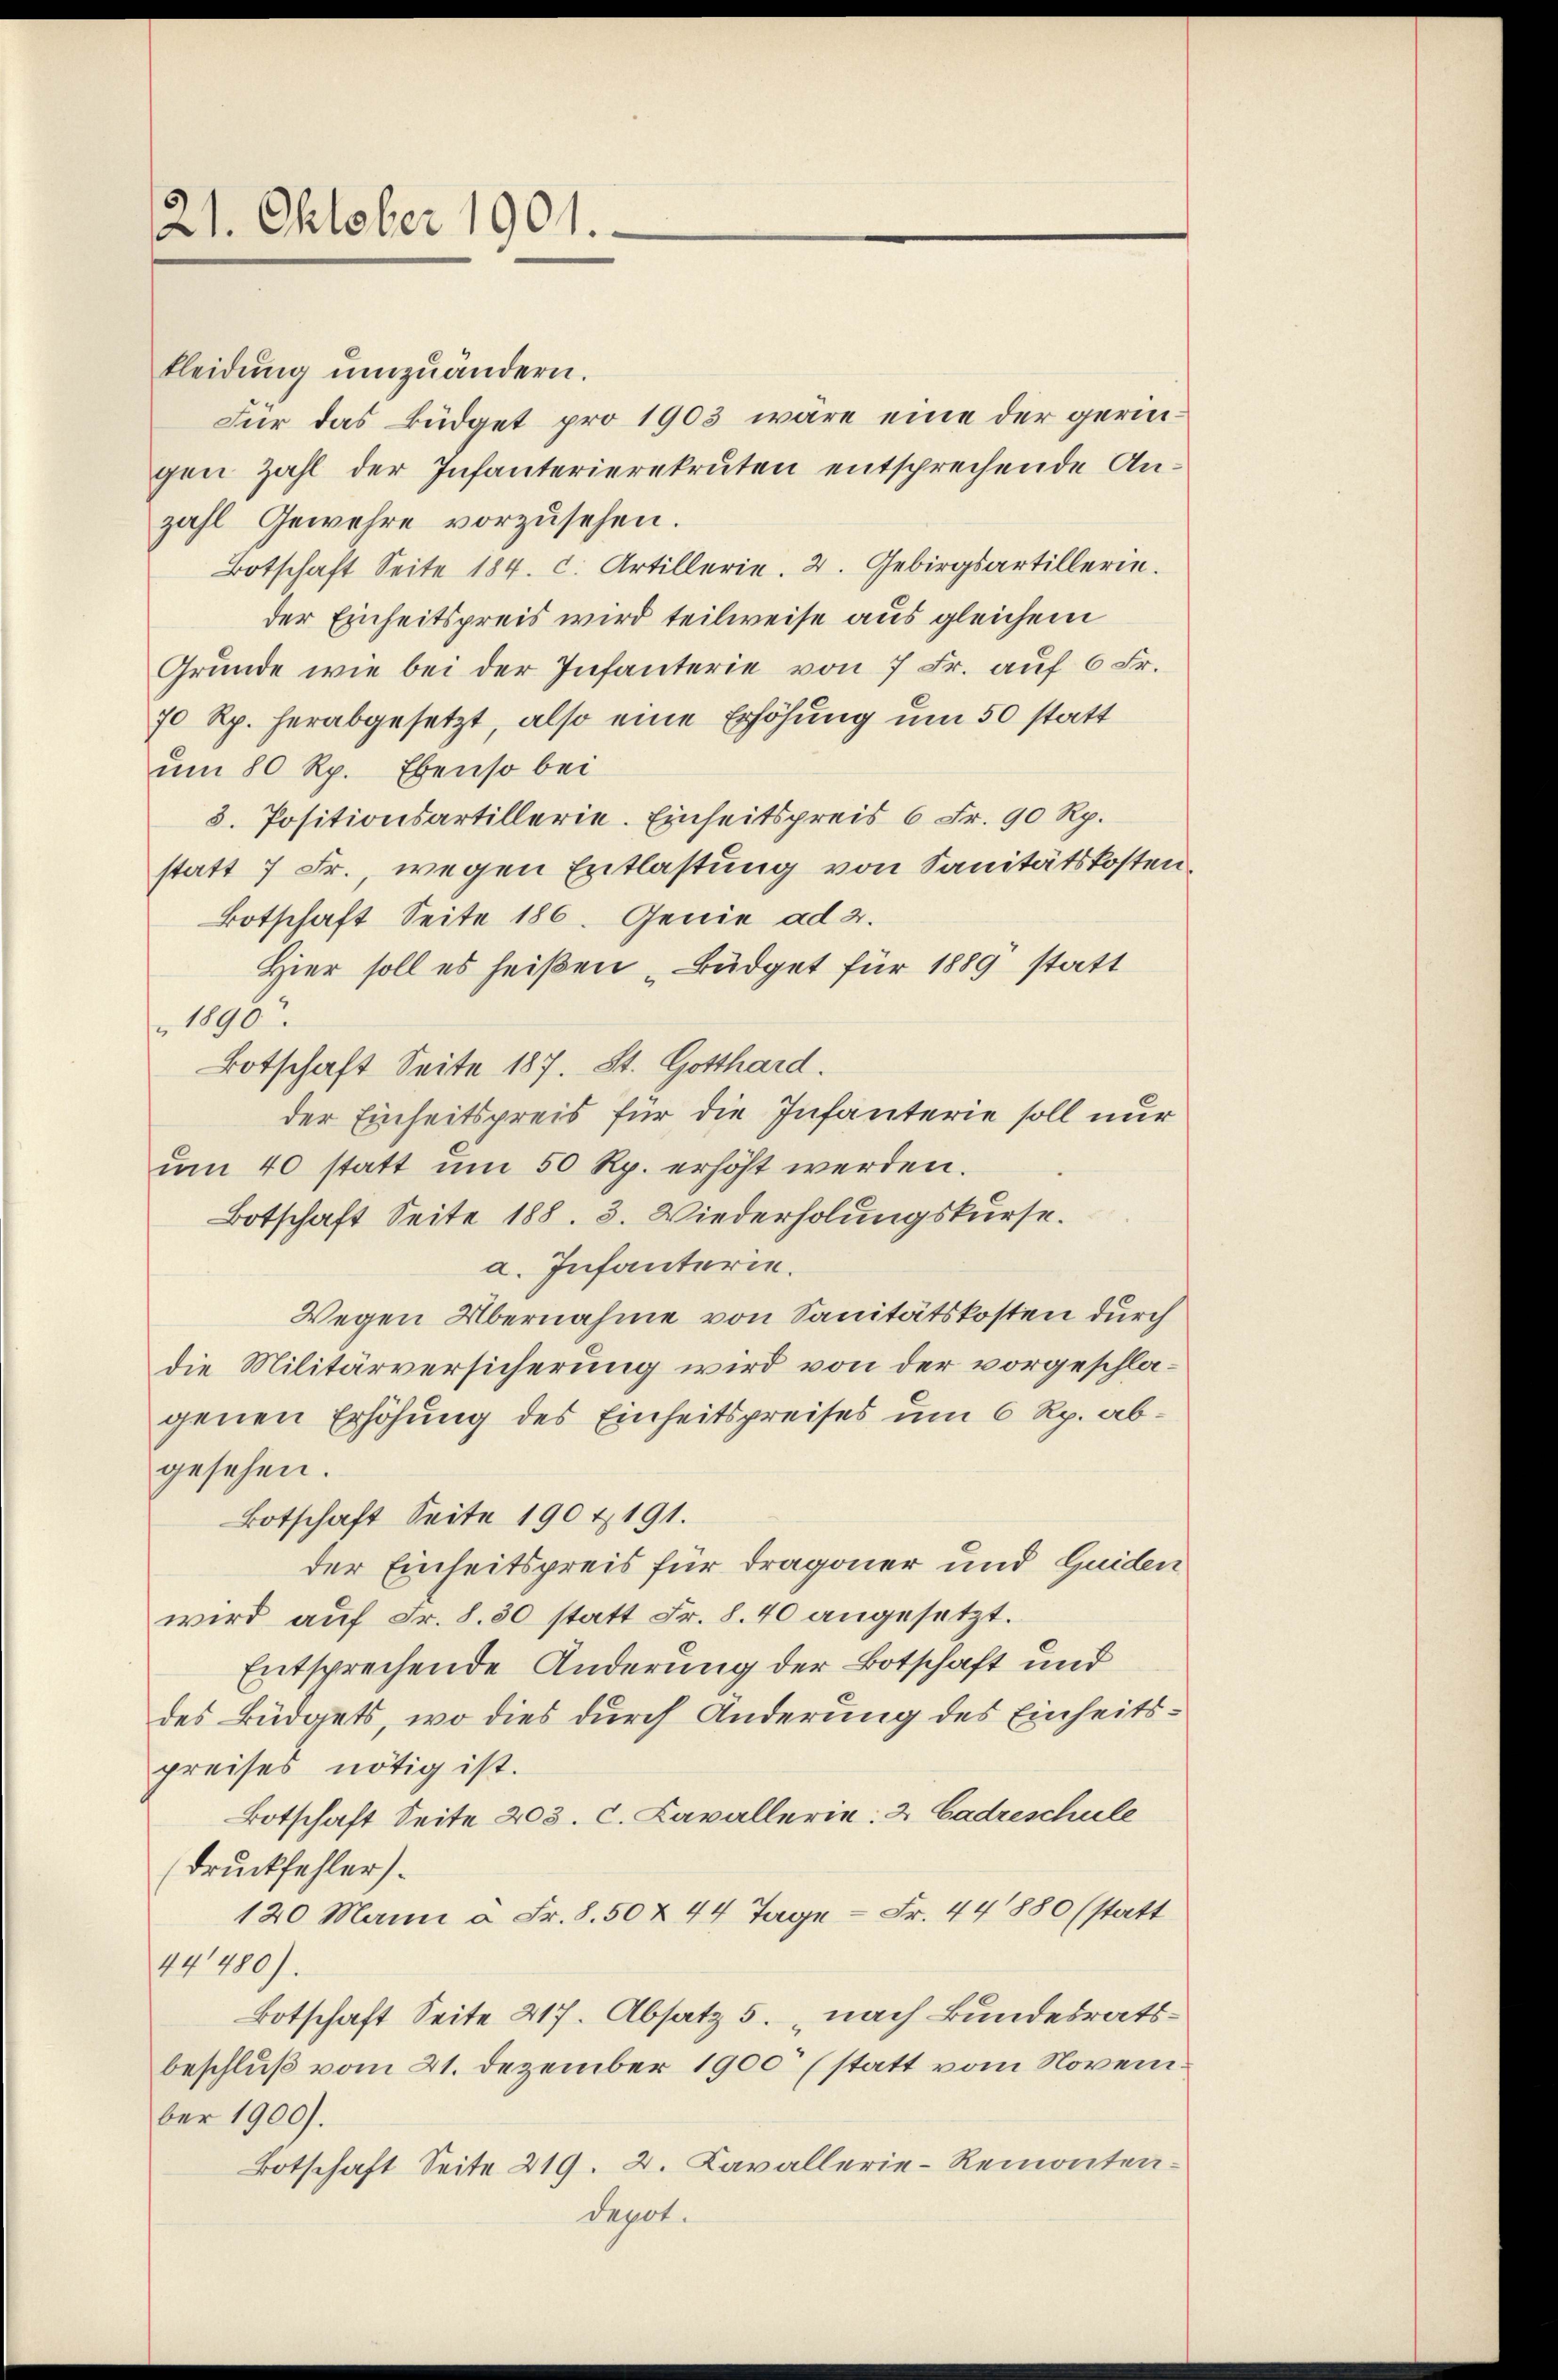
21. Oktober 1901.

Für das Büdget pro 1903 wäre eine der geringen Zahl der Infanterierekruten entsprechende Anzahl Gewehre vorzusehen.
Botschaft Seite 184. c. Artillerie. 2. Gebirgsartillerin.
der Einheitspreis wird teilweise aus gleichem
Grunde wie bei der Infanterie von 7 Fr. auf 6 Fr.
70 Rp. herabgesetzt, also eine Erhöhung um 50 statt
um 80 Rp. Ebenso bei
8. Positionsartillerie. Einheitspreis 6 Fr. 90 Rp.
statt 7 Fr., wegen Entlastung von Sanitätskosten,
Botschaft Seite 186. Genie ad 2.
Hier soll es heißen „Büdget für 1889 statt
1890
Botschaft Seite 187. St. Gotthard.
der Einheitspreis für die Infanterie soll nur
um 40 statt um 50 Rp. erhöht werden.
Botschaft Seite 188. 3. Wiederholungskurse.
a. Infanterie.
Wegen Übernahme von Sanitätskosten durch
die Militärversicherung wird von der vorgeschlagenen Erhöhung des Einheitspreises um 6 Rp. abgesehen.
Botschaft Seite 190 & 191.
der Einheitspreis für Dragoner und Guiden
wird auf Fr. 8. 30 statt Fr. 8. 40 angesetzt.
Entsprechende Änderung der Botschaft und
des Büdgets, wo dies durch Änderung des Einheitspreises nötig ist.
Botschaft Seite 203. c. Cavallerin: 2 Cadreschule
Druckfehler).
120 Mann a. Fr. 8.50 & 44 Tage - Fr. 441880 (statt
44480).
Botschaft Seite 217. Absatz 5. „nach Bundesratsbeschluß vom 21. Dezember 1900 (statt vom November 1900).
Botschaft Seite 219. 2. Kavallerie-Remontendepot.

kleidung umzuändern.